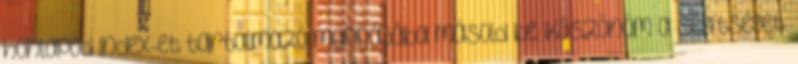
honlapod index-et tartalmazó mappájába másold be. Köszönöm a segítséget.